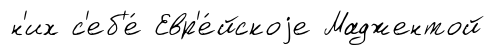
н'их с'еб'е́ Евр'е́йскоjе Маджентой